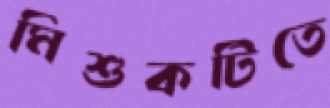
মিশুকটিতে